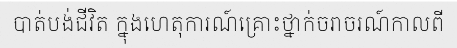
បាត់បង់ជីវិត ក្នុងហេតុការណ៍គ្រោះថ្នាក់ចរាចរណ៍កាលពី